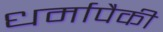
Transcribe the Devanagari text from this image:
धर्मापैकी